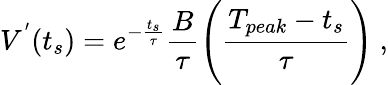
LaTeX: V^{'}(t_{s})=e^{-\frac{t_{s}}{\tau}}\frac{B}{\tau}\Bigg(\frac{T_{peak}-t_{s}}{\tau}\Bigg)~,